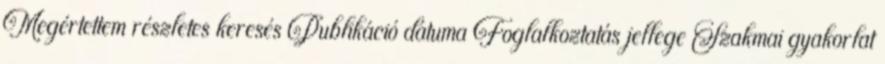
Megértettem részletes keresés Publikáció dátuma Foglalkoztatás jellege Szakmai gyakorlat